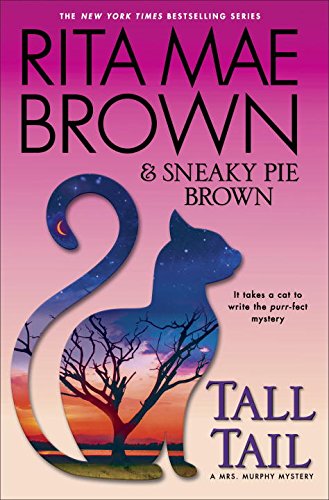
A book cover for Tall Tail: A Mrs. Murphy Mystery; Rita Mae Brown; Mystery, Thriller & Suspense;